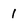
Character: 1